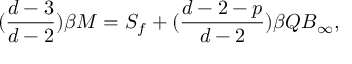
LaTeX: ( \frac { d - 3 } { d - 2 } ) \beta M = S _ { f } + ( \frac { d - 2 - p } { d - 2 } ) \beta Q B _ { \infty } ,